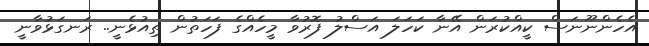
އެހެންނޫނަސް ކީއްކުރަން އޭނާ ކަހަލަ އަސްލު ފޮރުވާ މީހެއްގެ ފަހަތުން ތިއުޅެނީ.. ރަނގަޅުވާނީ